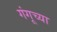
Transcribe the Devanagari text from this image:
गंगूच्या